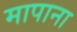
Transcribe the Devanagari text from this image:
मापाना